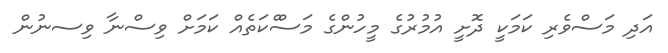
އަދި މަސްވެރި ކަމަކީ ދޮށީ އުމުރުގެ މީހުންގެ މަސްްކަތެއް ކަމަށް ވިސްނާ ވިސނުން